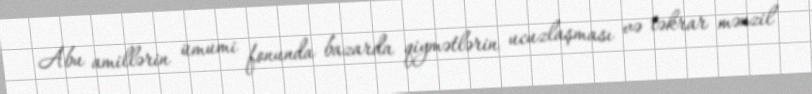
Abu amillərin ümumi fonunda bazarda qiymətlərin ucuzlaşması və təkrar mənzil